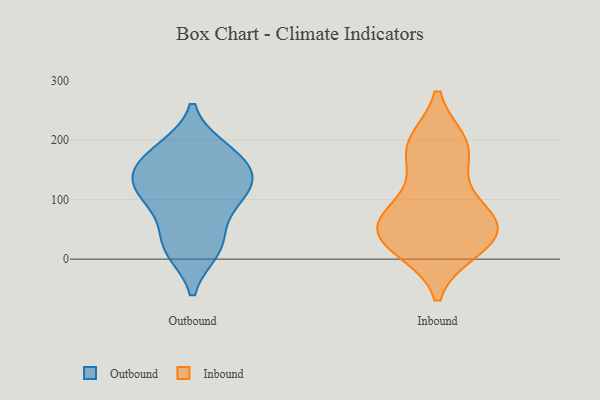
{"axis": {"x": "Market Share (%)", "y": "Value"}, "legend": ["Inbound", "Outbound"], "data": [{"x": "", "y": 120, "type": "Outbound"}, {"x": "", "y": 184, "type": "Outbound"}, {"x": "", "y": 97, "type": "Outbound"}, {"x": "", "y": 18, "type": "Outbound"}, {"x": "", "y": 137, "type": "Outbound"}, {"x": "", "y": 156, "type": "Outbound"}, {"x": "", "y": 36, "type": "Outbound"}, {"x": "", "y": 182, "type": "Outbound"}, {"x": "", "y": 122, "type": "Outbound"}, {"x": "", "y": 94, "type": "Outbound"}, {"x": "", "y": 155, "type": "Outbound"}, {"x": "", "y": 16, "type": "Outbound"}, {"x": "", "y": 195, "type": "Inbound"}, {"x": "", "y": 80, "type": "Inbound"}, {"x": "", "y": 70, "type": "Inbound"}, {"x": "", "y": 39, "type": "Inbound"}, {"x": "", "y": 40, "type": "Inbound"}, {"x": "", "y": 53, "type": "Inbound"}, {"x": "", "y": 159, "type": "Inbound"}, {"x": "", "y": 50, "type": "Inbound"}, {"x": "", "y": 17, "type": "Inbound"}, {"x": "", "y": 188, "type": "Inbound"}, {"x": "", "y": 195, "type": "Inbound"}, {"x": "", "y": 95, "type": "Inbound"}, {"x": "", "y": 17, "type": "Inbound"}]}